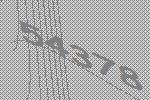
54378